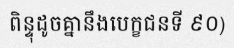
ពិន្ទុដូចគ្នានឹងបេក្ខជនទី ៩០)